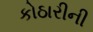
કોઠારીની